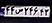
۴۴ص۲۴۶۴۳